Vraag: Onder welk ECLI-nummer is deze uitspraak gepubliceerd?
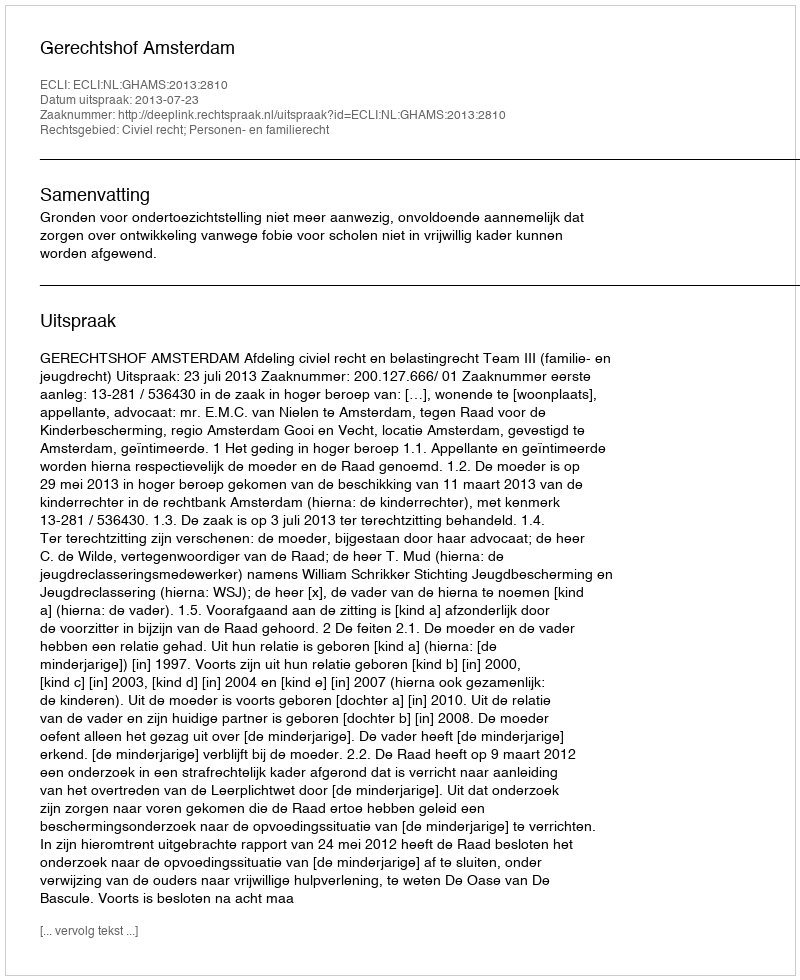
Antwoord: ECLI:NL:GHAMS:2013:2810